koduurija_Pavel_Tisler, lk 8
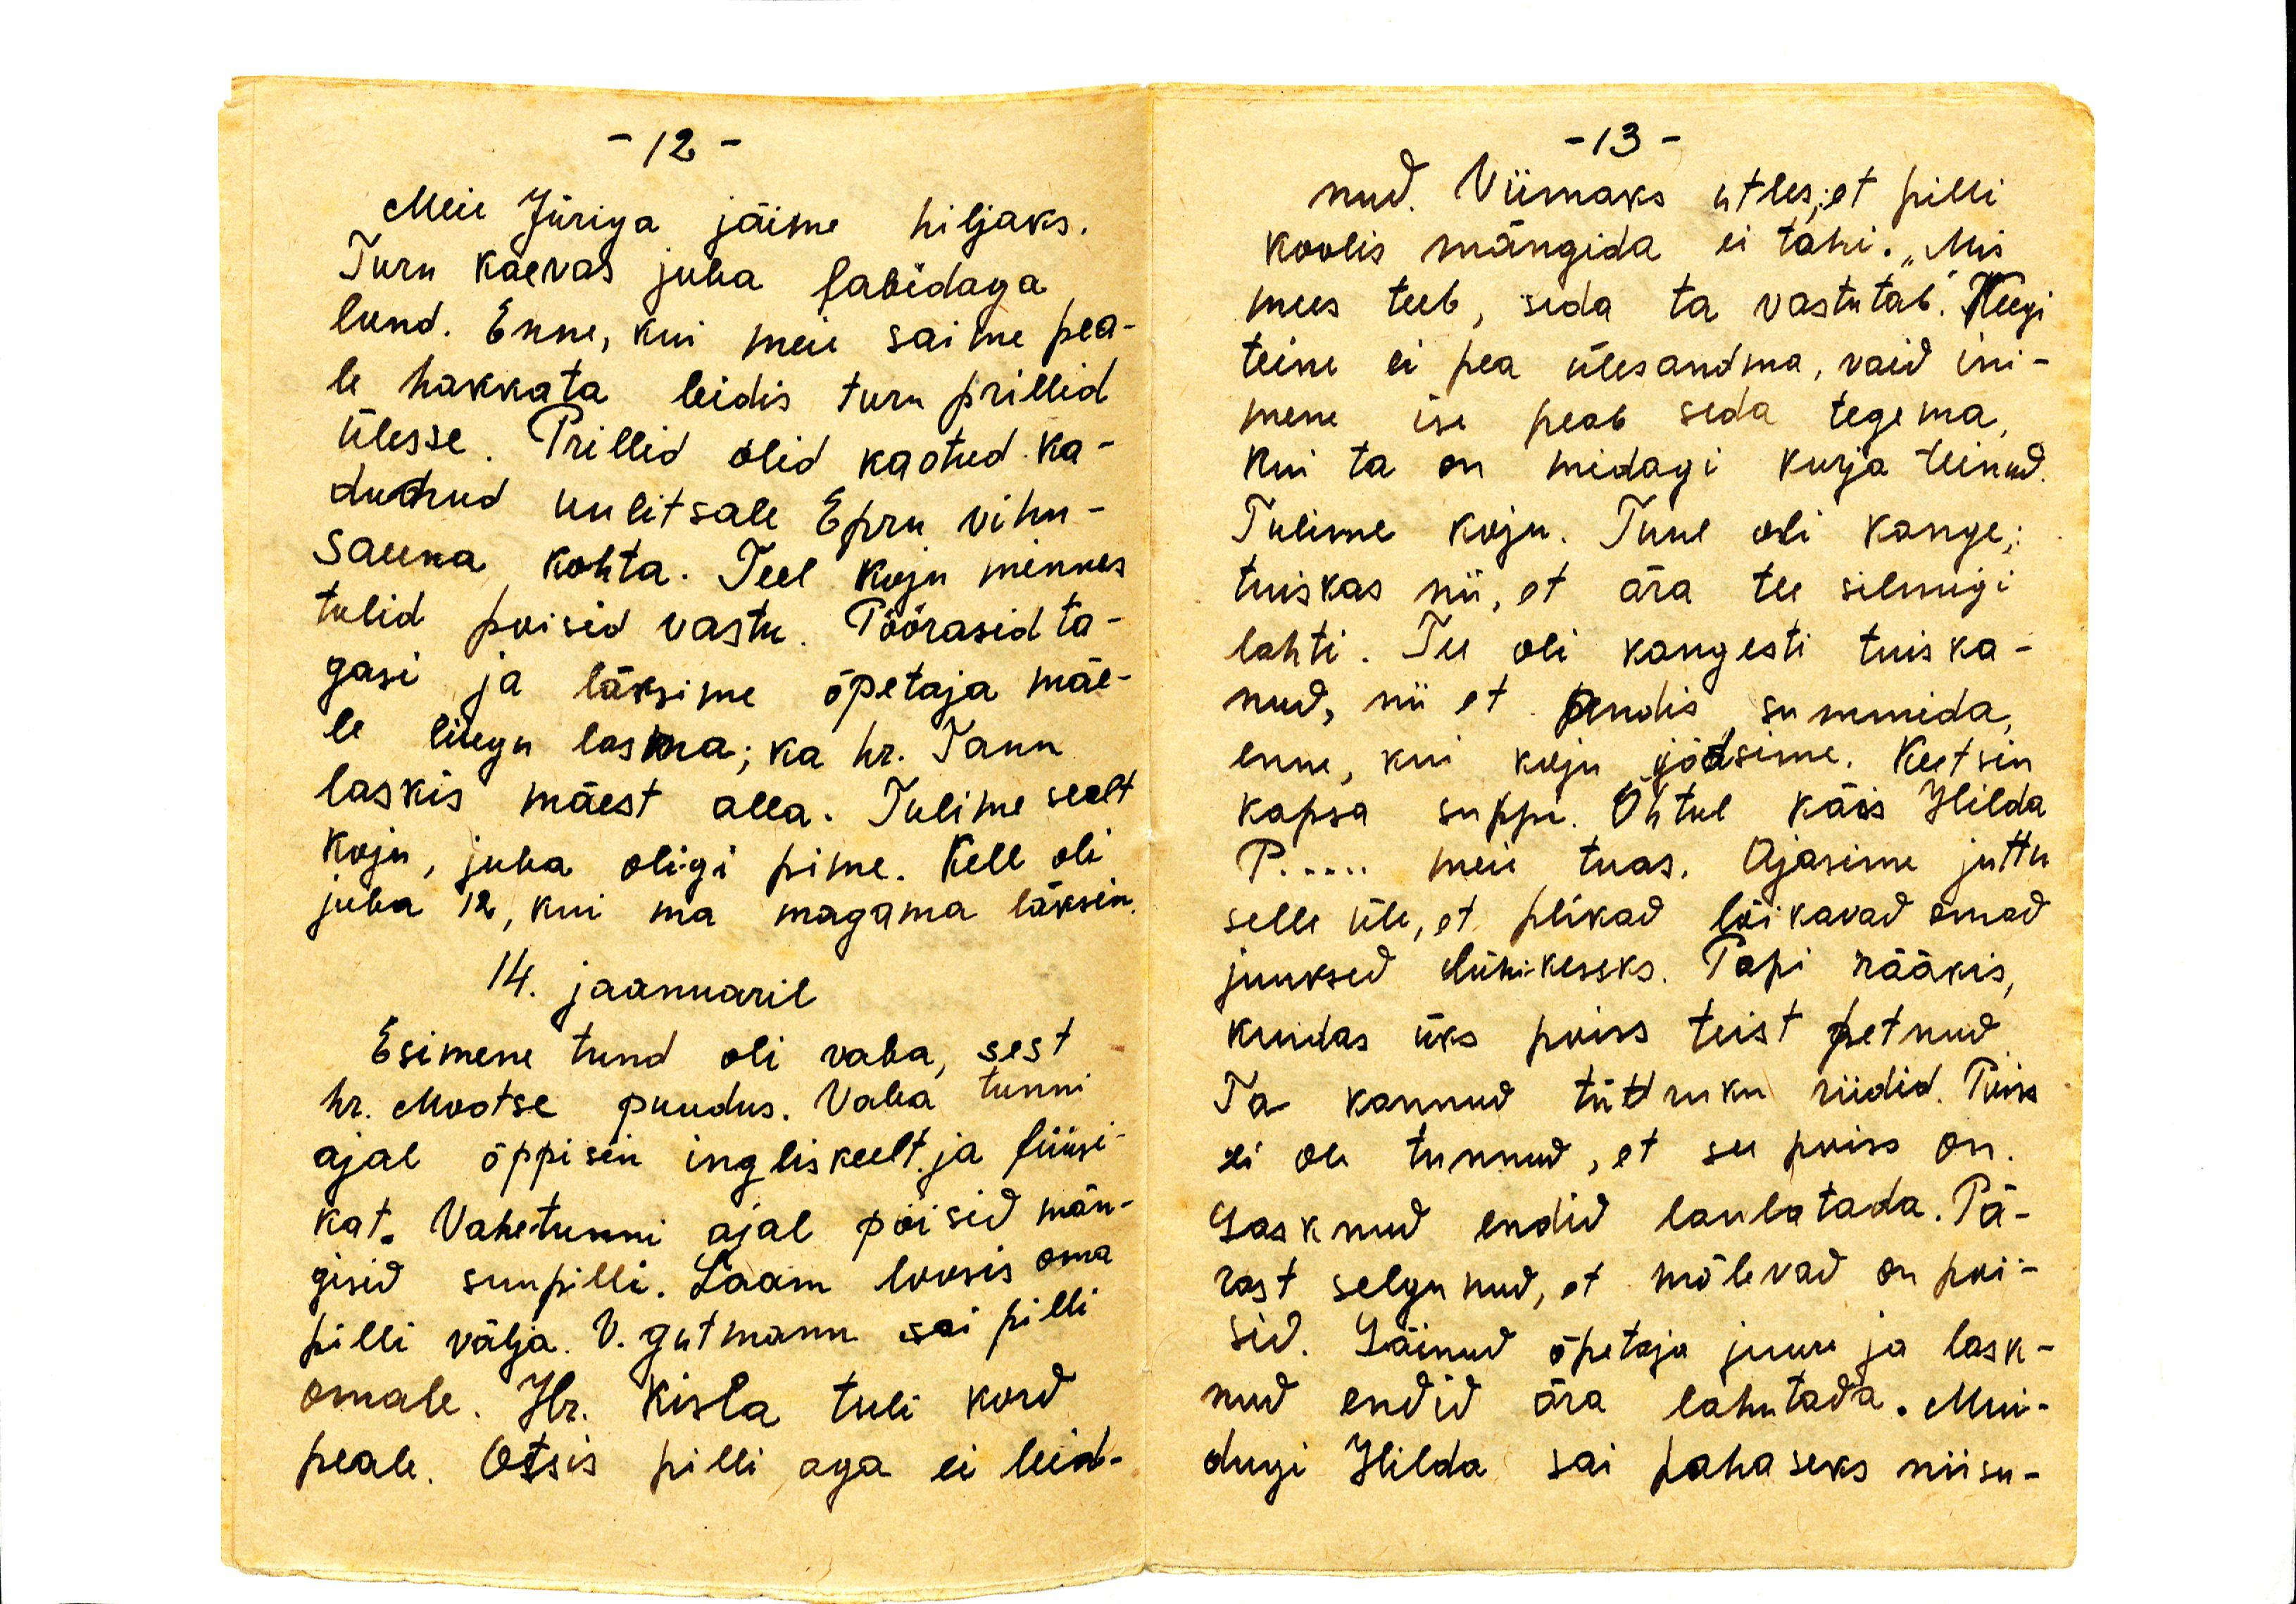
Meie Jüriga jäime hiljaks.
Turn kaevas juba labidaga
lund. Enne, kui meie saime pea-
le hakkata leidis Turn prillid
ülesse. Prillid olid kaotud ka-
dunud uulitsale Epru vihu-
sauna kohta. Teel koju minnes
tulid poisid vastu. Pöörasid ta-
gasi ja läksime õpetaja mäe-
le liugu laskma; ka hr. Tann
laskis mäest alla. Tulime sealt
koju, juba oligi pime. Kell oli
juba 12, kui ma magama läksin.
14. jaanuaril
Esimene tund oli vaba, sest
hr. Mootse puudus. Vaba tunni
ajal õppisin ingliskeelt ja füüsi-
kat. Vahetunni ajal poisid män-
gisid suupilli. Laam loosis oma
pilli välja. V. Gutmann sai pilli
omale. Hr. Kisla tuli kord
peale. Otsis pilli aga ei leid-

nud. Viimaks ütles, et pilli
koolis mängida ei tohi. "Mis
mees teeb, seda ta vastutab". Keegi
teine ei pea ülesandma, vaid ini-
mene ise peab seda tegema,
kui ta on midagi kurja teinud.
Tulime koju. Tuul oli kange;
tuiskas nii, et ära tee silmigi
lahti. Tee oli kangesti tuiska-
nud, nii et andis sammuda,
enne, kui koju jõudsime. Keetsin
kapsa suppi. Õhtul käis Hilda
P... meie toas. Ajasime juttu
selle üle, et plikad lõikavad omad
juuksed lühikseks. Papi rääkis,
kuidas üks poiss teist petnud.
Ta kannud tüttruku riidid. Poiss
ei ole tunnud, et see poiss on.
Lasknud endid laulatada. Pä-
rast selgunud, et mõlemad on poi-
sid. Läinud õpetaja juure ja lask-
nud endid ära lahutada. Mui-
dugi Hilda sai pahaseks niisu-